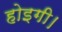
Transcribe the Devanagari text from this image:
होइगी।